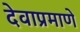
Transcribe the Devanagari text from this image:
देवाप्रमाणे